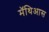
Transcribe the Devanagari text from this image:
मॅथिआस